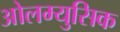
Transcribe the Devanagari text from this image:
ओलम्युसिक